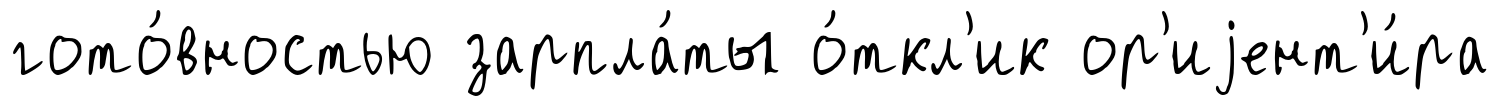
гото́вностью зарпла́ты о́ткл'ик ор'иjент'и́ра